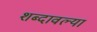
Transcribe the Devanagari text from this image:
शब्दावल्या